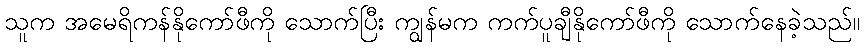
သူက အမေရိကန်နိုကော်ဖီကို သောက်ပြီး ကျွန်မက ကက်ပူချီနိုကော်ဖီကို သောက်နေခဲ့သည်။